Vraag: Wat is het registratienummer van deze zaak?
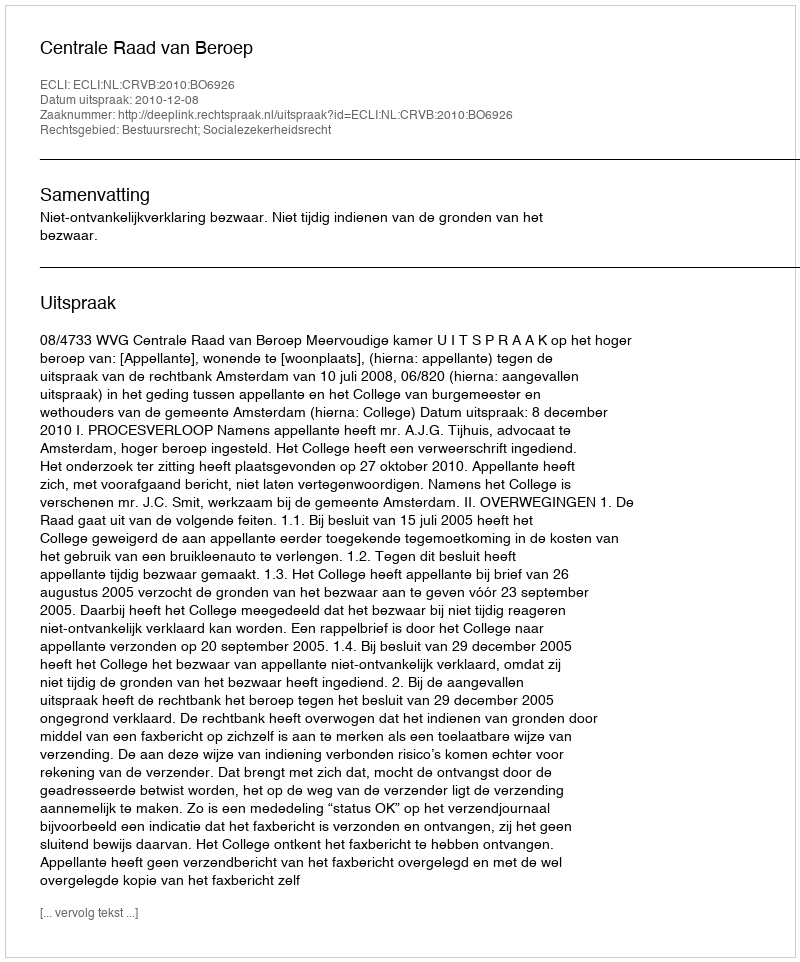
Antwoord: http://deeplink.rechtspraak.nl/uitspraak?id=ECLI:NL:CRVB:2010:BO6926